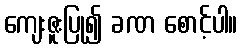
ကျေးဇူးပြု၍ ခဏ စောင့်ပါ။